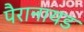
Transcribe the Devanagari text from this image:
पैरानायड